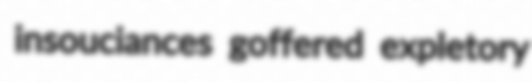
insouciances goffered expletory